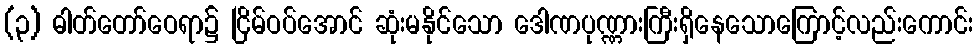
(၃) ဓါတ်တော်ဝေရာ၌ ငြိမ်ဝပ်အောင် ဆုံးမနိုင်သော ဒေါဏပုဏ္ဏားကြီးရှိနေသောကြောင့်လည်းကောင်း